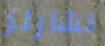
تشارلز